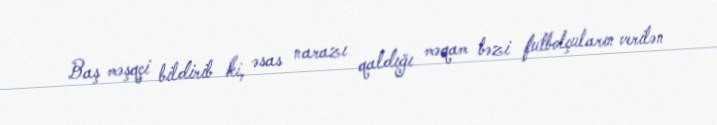
Baş məşqçi bildirib ki, əsas narazı qaldığı məqam bəzi futbolçuların verilən